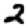
Digit: 2